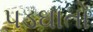
પડઘાતો